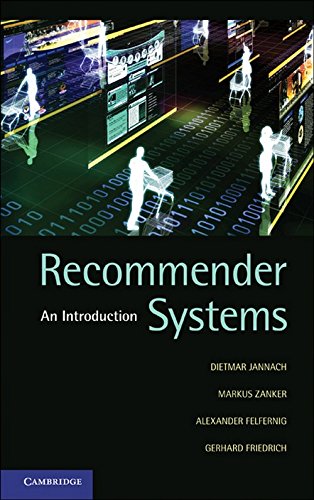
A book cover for Recommender Systems: An Introduction; Dietmar Jannach; Computers & Technology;